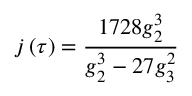
j \left( \tau \right) = { \frac { 1 7 2 8 g _ { 2 } ^ { 3 } } { g _ { 2 } ^ { 3 } - 2 7 g _ { 3 } ^ { 2 } } }